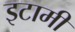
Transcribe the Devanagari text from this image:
इटामी